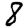
Digit: 8